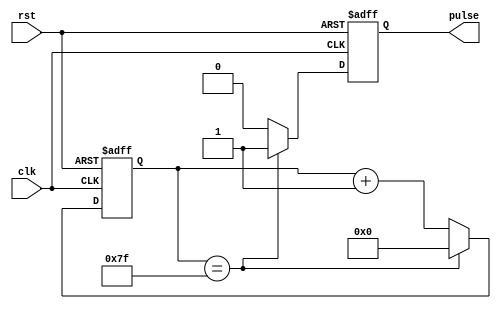
module pulse_generator (
    input wire clk,  // System clock
    input wire rst,  // Reset signal
    output reg pulse  // Synchronized pulse output
);

reg [7:0] count;   // Counter for tracking clock cycles

always @(posedge clk or posedge rst) begin
    if (rst) begin
        count <= 8'b0;   // Reset counter
        pulse <= 1'b0;   // Reset pulse
    end else begin
        if (count == 8'd127) begin
            count <= 8'b0;   // Reset counter
            pulse <= 1'b1;   // Generate pulse
        end else begin
            count <= count + 1;   // Increment counter
            pulse <= 1'b0;   // Reset pulse
        end
    end
end

endmodule